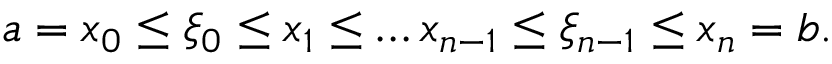
a = x _ { 0 } \leq \xi _ { 0 } \leq x _ { 1 } \leq \ldots x _ { n - 1 } \leq \xi _ { n - 1 } \leq x _ { n } = b .